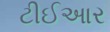
ટીઈઆર